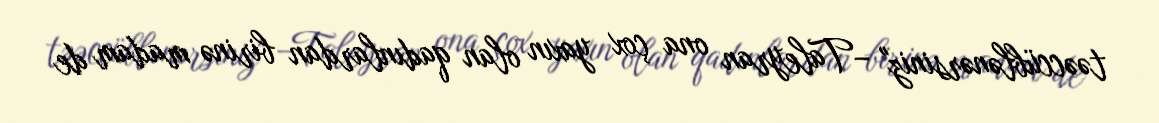
təəccüblənərsiniz" –Taleyran ona çox yaxın olan qadınlardan birinə madam de